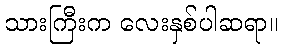
သားကြီးက လေးနှစ်ပါဆရာ။